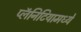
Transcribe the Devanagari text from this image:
प्लॅनिटियामध्ये